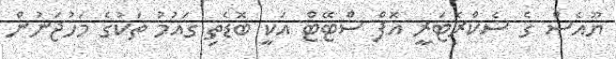
ޔޫއެސް ގެ ސެކްރެޓަރީ އޮފް ސްޓޭޓް އަކީ ބޮޑެތި ގައުމު ތަކުގެ މަހުޖަނުން